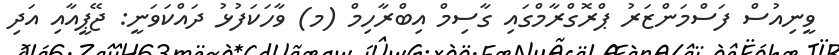
ވީނިއުސް ފަސްމަންޒަރު ޕްރޮގްރާމްގައި ގާސިމް އިބްރާހިމް (މ) ވާހަކަފުޅު ދައްކަވަނީ: ޖޭޕީއާއި އަދި